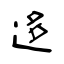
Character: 迻